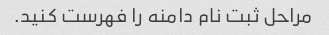
مراحل ثبت نام دامنه را فهرست کنید.